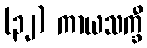
(၃၂) ကာယသက္ခီ